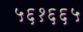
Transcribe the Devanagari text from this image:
५६१६६५